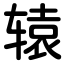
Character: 辕